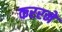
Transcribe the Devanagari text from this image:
कररने